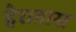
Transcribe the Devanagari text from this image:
हेरातास